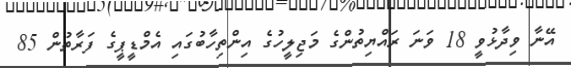
އޭނާ ވިދާޅުވީ 18 ވަނަ ރައްޔިތުންގެ މަޖިލީހުގެ އިންތިހާބުގައި އެމްޑީޕީގެ ފަރާތުން 85